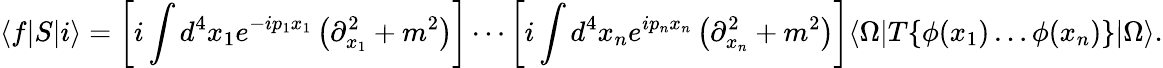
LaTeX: \langle f|S|i\rangle=\left[i\int d^{4}x_{1}e^{-ip_{1}x_{1}}\left(\partial_{x_{1}}^{2}+m^{2}\right)\right]\cdots\left[i\int d^{4}x_{n}e^{ip_{n}x_{n}}\left(\partial_{x_{n}}^{2}+m^{2}\right)\right]\langle\Omega|T\{ \phi(x_{1})\dots\phi(x_{n})\} |\Omega\rangle.